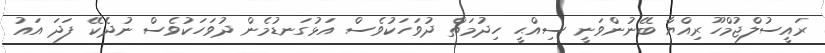
ރައީސުލްޖުމްހޫރިއްޔާ ބޭނުންވަނީ ސިއްޙީ ހިދުމަތް ދުވަހަކުވެސް އަޅުގަނޑުމެން ދުވަހަކުވެސް ނުދެކޭ ފަދަ އައު